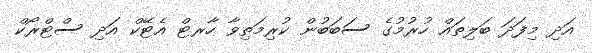
އަދި މިފަދަ ބަލިތައް ހުރުމުގެ ސަބަބުން ކުރިމަތިވާ ހާރޓް އެޓޭކް އަދި ސްޓްރޯކް